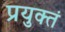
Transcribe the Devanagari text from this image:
प्रयुक्तं